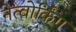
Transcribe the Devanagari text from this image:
नेत्वोर्किंग